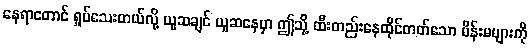
နေရာတောင် ရှုပ်သေးတယ်လို့ ယူဆချင် ယူဆနေမှာ ဤသို့ ထီးတည်းနေထိုင်တတ်သော မိန်းမများကို